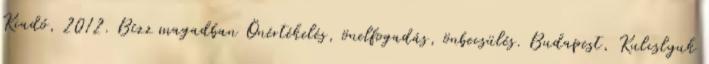
Kiadó, 2012. Bízz magadban Önértékelés, önelfogadás, önbecsülés. Budapest, Kulcslyuk